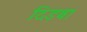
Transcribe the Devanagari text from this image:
दिड़बा